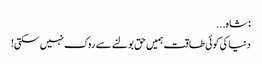
: شاہ...
دنیا کی کوئی طاقت ہمیں حق بولنے سے روک نہیں سکتی!